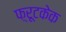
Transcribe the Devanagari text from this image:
फ़्रूटकेक